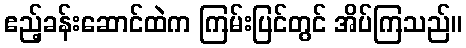
ဧည့်ခန်းဆောင်ထဲက ကြမ်းပြင်တွင် အိပ်ကြသည်။